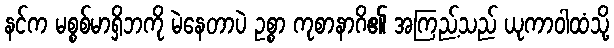
နင်က မစ္စစ်မာရှိဘကို မဲနေတာပဲ ဥစ္စာ ကုစာနာဂိ၏ အကြည့်သည် ယုကာဝါထံသို့